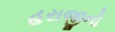
હરાજીનો